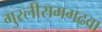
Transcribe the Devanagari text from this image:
गुरलीरामगढवा